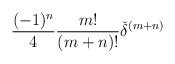
LaTeX: \begin{align*}\frac {(-1)^n} {4} \frac {m!} {(m+n)!}{\check{\delta}}^{(m+n)}\end{align*}